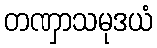
တဏှာသမုဒယံ